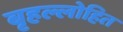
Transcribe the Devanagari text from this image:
बृहल्लोहित